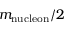
m _ { \mathrm { n u c l e o n } } / 2